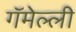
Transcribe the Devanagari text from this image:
गॅमेल्ली